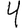
Digit: 4